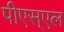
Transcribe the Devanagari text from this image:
पीएस्एल